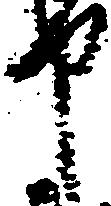
申